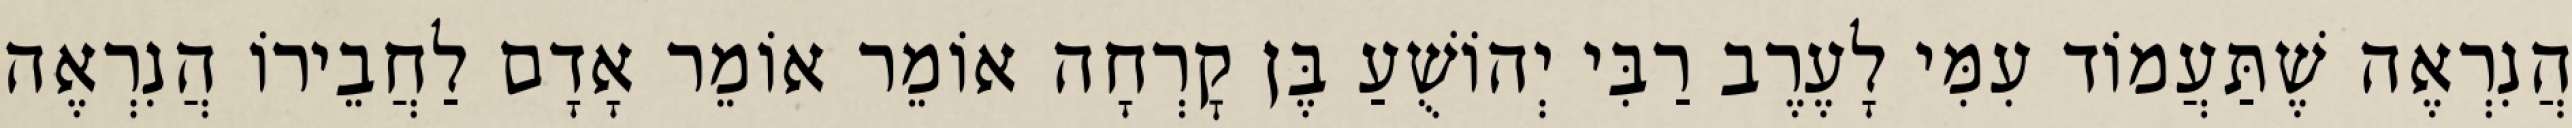
הֲנִרְאֶה שֶׁתַּעֲמוֹד עִמִּי לָעֶרֶב רַבִּי יְהוֹשֻׁעַ בֶּן קׇרְחָה אוֹמֵר אוֹמֵר אָדָם לַחֲבֵירוֹ הֲנִרְאֶה